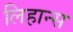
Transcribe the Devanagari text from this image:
लिहान्स